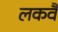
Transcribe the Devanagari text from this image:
लकवै